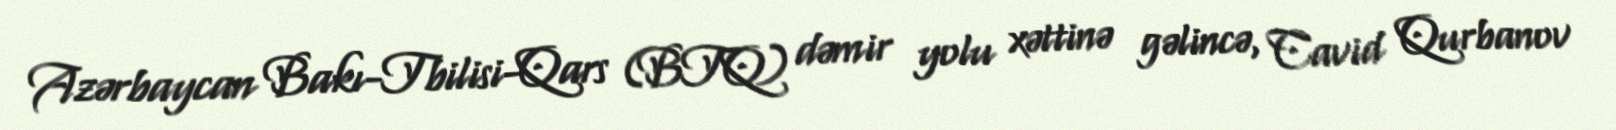
Azərbaycan Bakı-Tbilisi-Qars (BTQ) dəmir yolu xəttinə gəlincə, Cavid Qurbanov